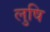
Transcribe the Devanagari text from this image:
लुषि